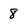
Character: 8